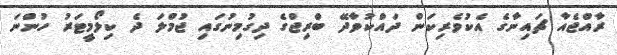
ރާއްޖެއާ ޗައިނާގެ އެކުވެރިކަން ދައްކުވާދޭ ބްރިޖްގެ ދިގުމިނުގައި ޖުމްލަ ދެ ކިލޯމީޓަރު ހުންނަ